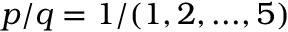
p / q = 1 / ( 1 , 2 , . . . , 5 )